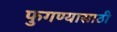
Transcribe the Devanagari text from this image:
फुगण्यासाठी